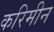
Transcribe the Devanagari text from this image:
करिमीन